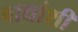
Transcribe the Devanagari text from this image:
वाद्यांशी